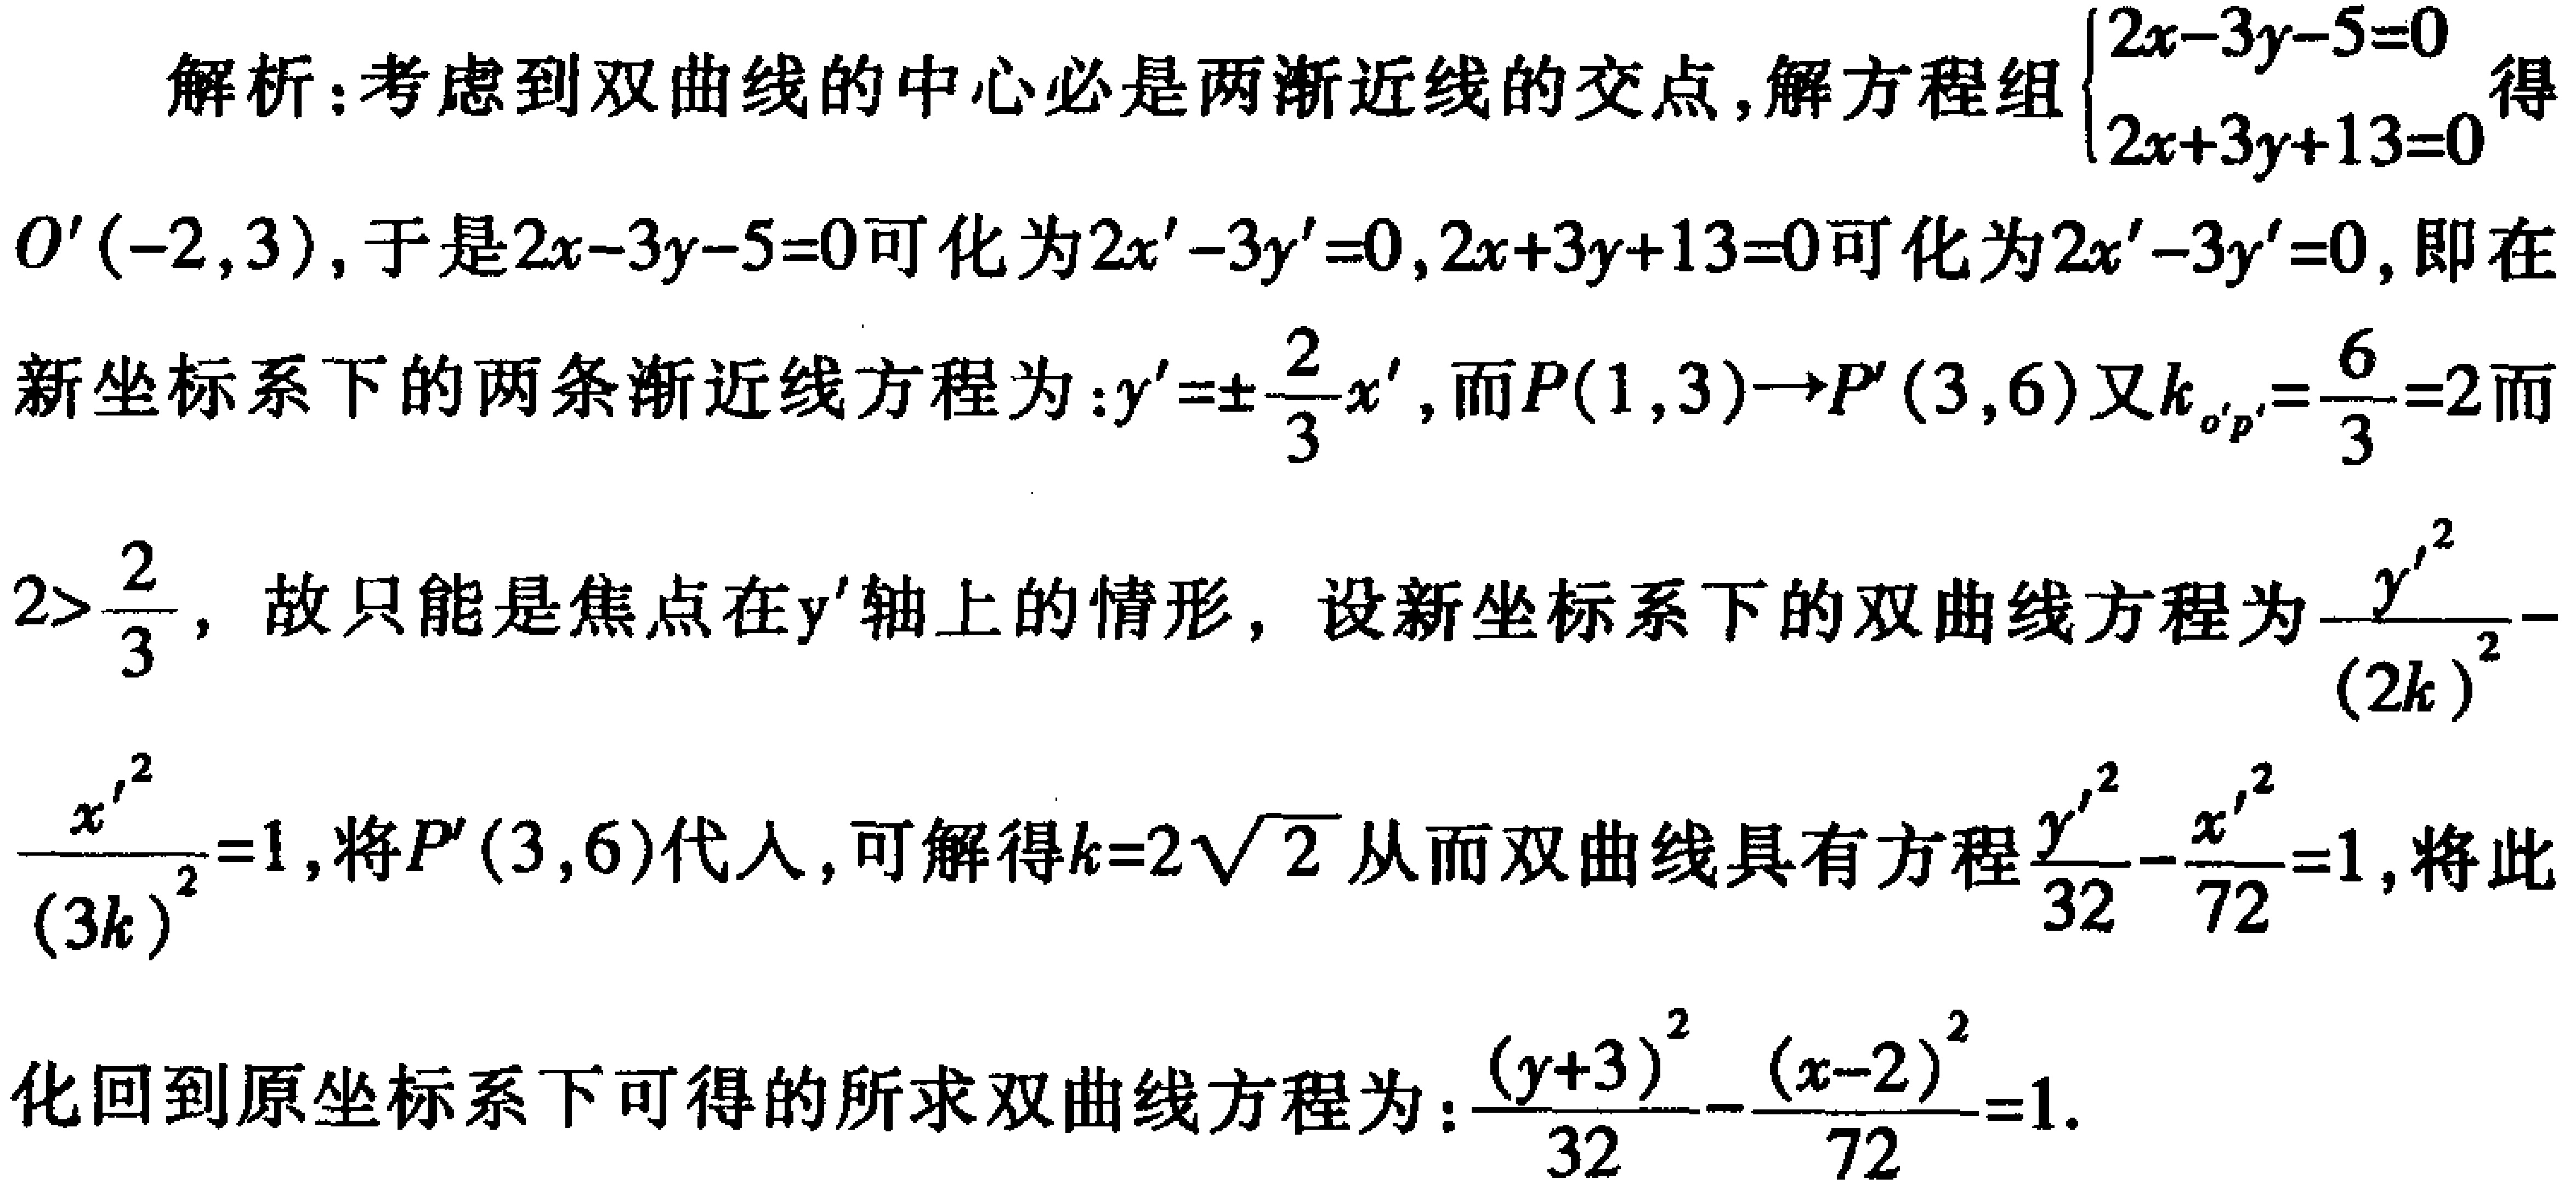
解析：考虑到双曲线的中心必是两渐近线的交点，解方程组\(\begin{cases}2x - 3y - 5 = 0\\2x + 3y + 13 = 0\end{cases}\)得\(O'(-2,3)\)，于是\(2x - 3y - 5 = 0\)可化为\(2x' - 3y' = 0\)，\(2x + 3y + 13 = 0\)可化为\(2x' - 3y' = 0\)，即在新坐标系下的两条渐近线方程为：\(y'=\pm\frac{2}{3}x'\)，而\(P(1,3)\to P'(3,6)\)又\(k_{o'p'}=\frac{6}{3}=2\)而\(2>\frac{2}{3}\)，故只能是焦点在\(y'\)轴上的情形，设新坐标系下的双曲线方程为\(\frac{y'^{2}}{(2k)^{2}}-\frac{x'^{2}}{(3k)^{2}} = 1\)，将\(P'(3,6)\)代入，可解得\(k = 2\sqrt{2}\)从而双曲线具有方程\(\frac{y'^{2}}{32}-\frac{x'^{2}}{72}=1\)，将此化回到原坐标系下可得的所求双曲线方程为：\(\frac{(y + 3)^{2}}{32}-\frac{(x - 2)^{2}}{72}=1\)。